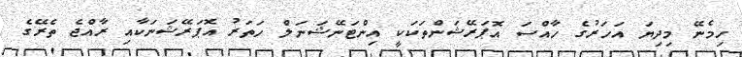
ހިމެނޭ މިިދިޔަ އަހަރުގެ ހާއްސަ އޮޕަރޭޝަންތަކަކީ އިންޓަނޭޝަނަލް ހަތަރު އޮޕަރޭޝަނަކާއި ރާއްޖެ ތެރޭގެ